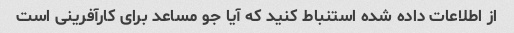
از اطلاعات داده شده استنباط کنید که آیا جو مساعد برای کارآفرینی است